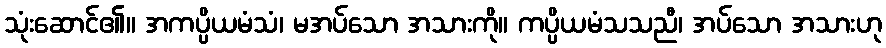
သုံးဆောင်၏။ အကပ္ပိယမံသံ၊ မအပ်သော အသားကို။ ကပ္ပိယမံသသညီ၊ အပ်သော အသားဟု